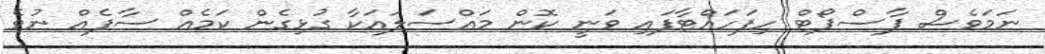
ނަމަވެސް ޕާސްޕޯޓް ހިފަހައްޓާފައި ވަނީ ކޮން މައްސަލައަކާ ގުޅިގެން ކަމެއް ސާފެއް ނުވެ